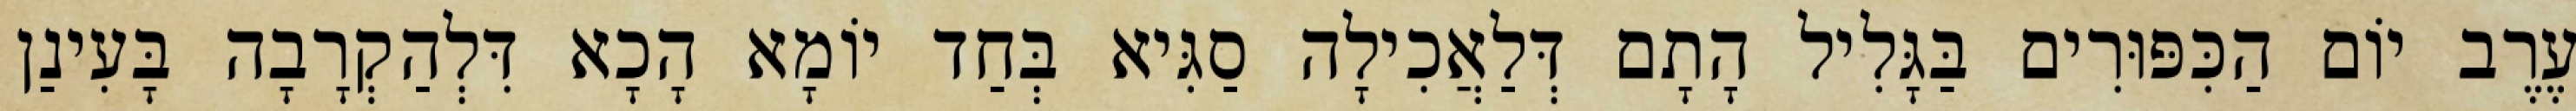
עֶרֶב יוֹם הַכִּפּוּרִים בַּגָּלִיל הָתָם דְּלַאֲכִילָה סַגִּיא בְּחַד יוֹמָא הָכָא דִּלְהַקְרָבָה בָּעִינַן